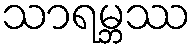
သာရမ္ဘဿ